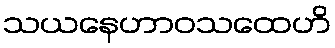
သယနေဟာဝသထေဟိ